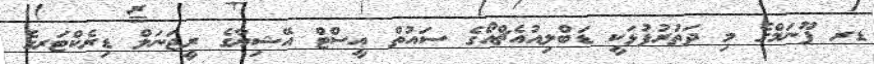
ޑރ ޕޫނަމްގެ މި ދަތުރުފުޅަކީ ޑަބްލިއުއެޗްއޯގެ ސައުތް އީސްޓް އޭޝިޔާގެ ރީޖަނަލް ޑިރެކްޓަރގެ